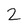
Character: 2